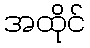
အထိုင်